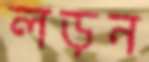
লড়ন